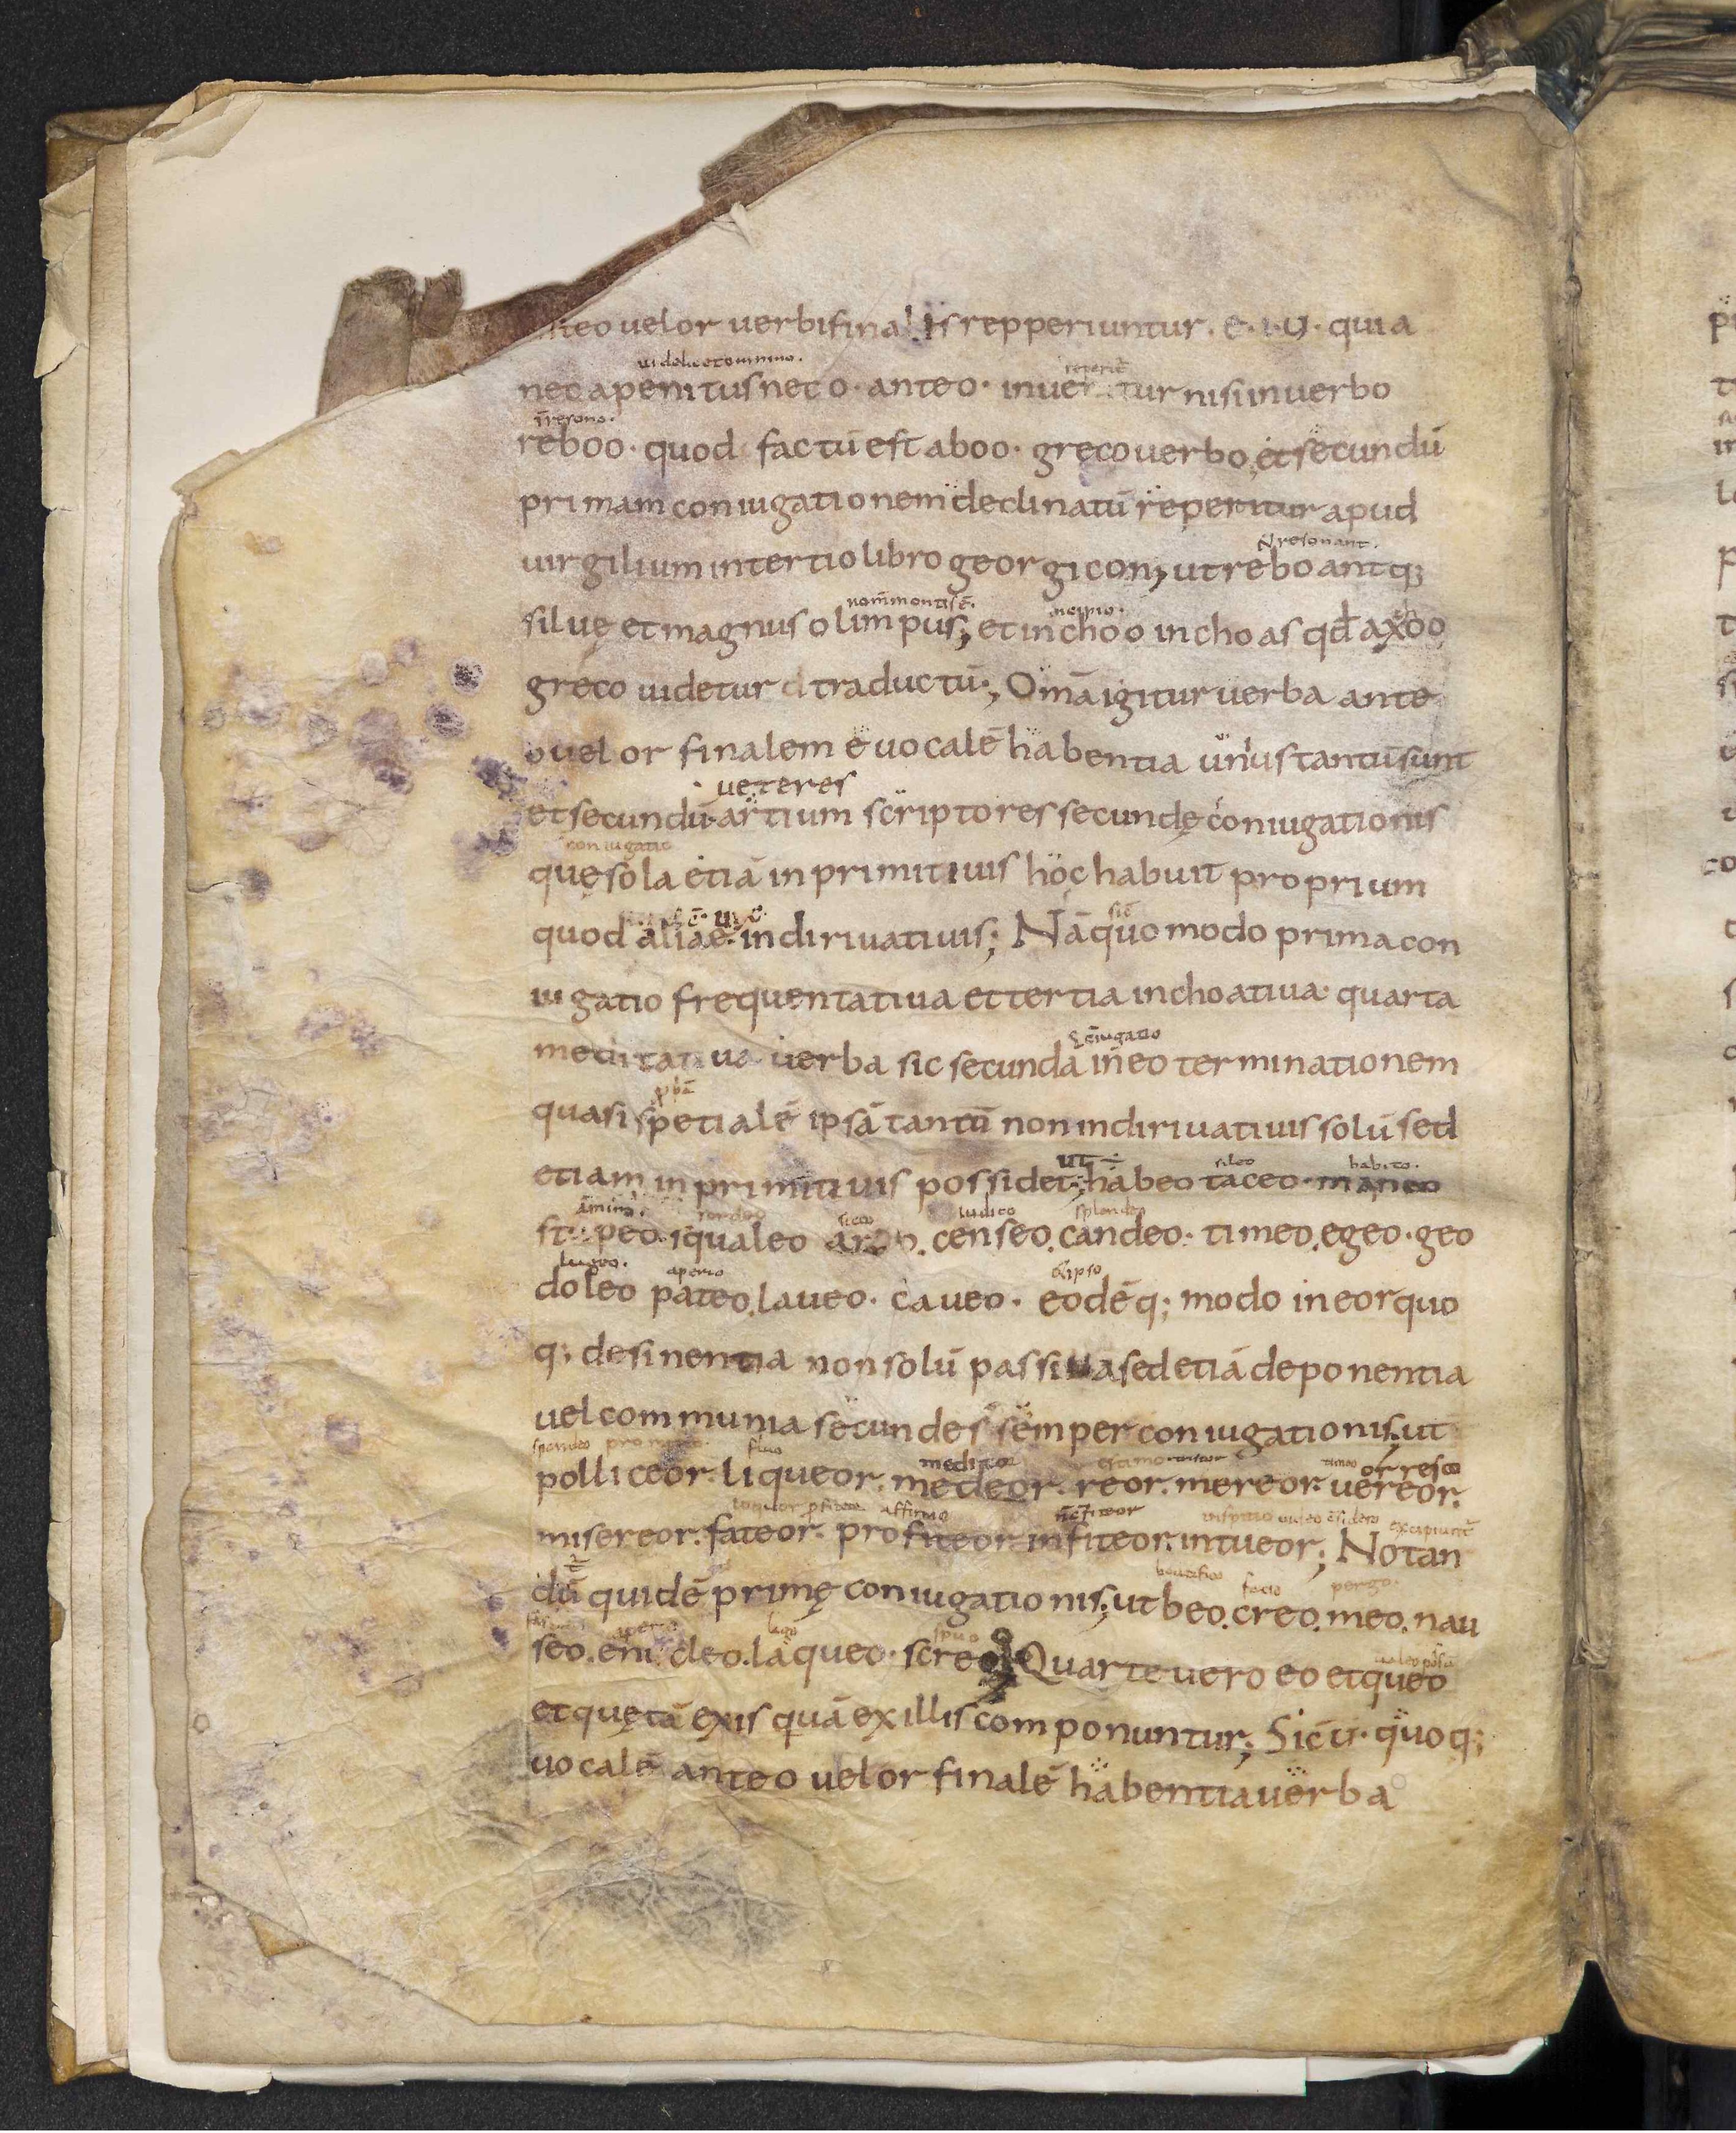
Shelfmark: Leiden, Bibliotheek der Rijksuniversiteit, Voss. Lat. O 41
Century: 9